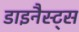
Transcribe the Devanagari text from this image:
डाइनैस्ट्स